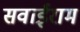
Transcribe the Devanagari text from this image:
सवाईराम